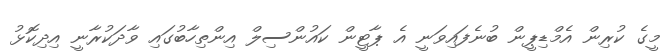
މީގެ ކުރިން އެމްޑިޕީން ބުނެފައިވަނީ އެ ޕާޓީން ކައުންސިލް އިންތިހާބުގައި ވާދަކުރާނީ އިދިކޮޅު